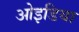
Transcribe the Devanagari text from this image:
ओइडिया